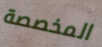
المخصصة